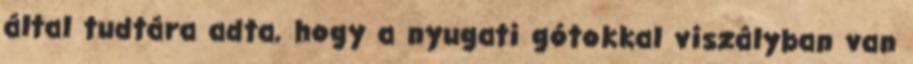
által tudtára adta, hogy a nyugati gótokkal viszályban van